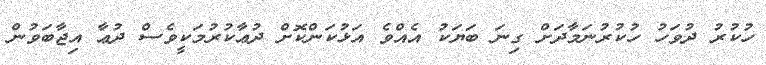
ހުކުރު ދުވަހު ހުކުރުނަމާދަށް ގިނަ ބަޔަކު އެއްވެ އަޅުކަންކޮށް ދުޢާކުރުމަކީވެސް ދުޢާ އިޖާބަވުން